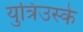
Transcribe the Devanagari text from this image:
युत्रिउस्के